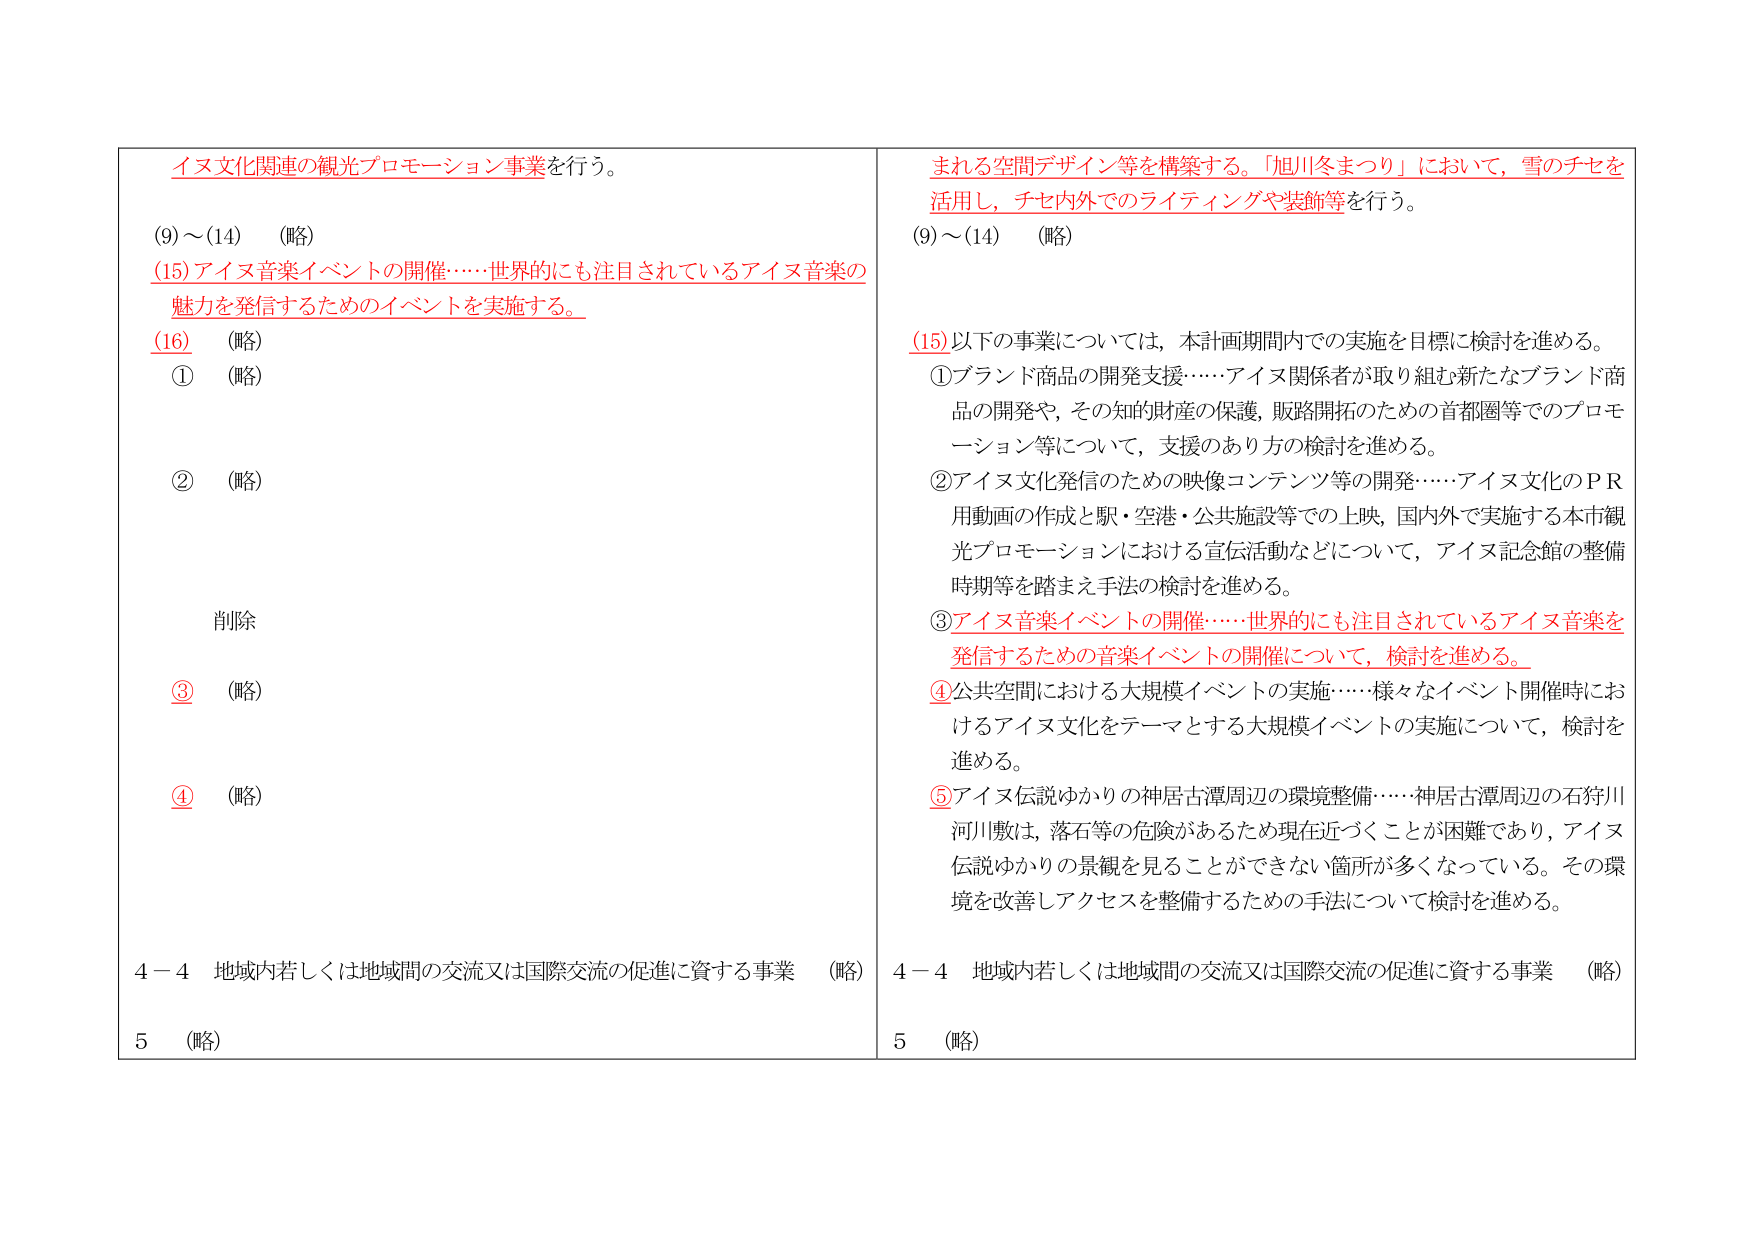
イヌ文化関連の観光プロモーション事業を行う。

(9)～(14)　(略)

(15)アイヌ音楽イベントの開催……世界的にも注目されているアイヌ音楽の魅力を発信するためのイベントを実施する。

(16)　(略)
①　(略)

②　(略)

削除

③　(略)

④　(略)

4－4　地域内若しくは地域間の交流又は国際交流の促進に資する事業　(略)

5　(略)

まられる空間デザイン等を構築する。「旭川冬まつり」において，雪のチセを活用し，チセ内外でのライティングや装飾等を行う。

(9)～(14)　(略)

(15)以下の事業については，本計画期間内での実施を目標に検討を進める。
①ブランド商品の開発支援……アイヌ関係者が取り組む新たなブランド商品の開発や，その知的財産の保護，販路開拓のための首都圏等でのプロモーション等について，支援のあり方の検討を進める。
②アイヌ文化発信のための映像コンテンツ等の開発……アイヌ文化のＰＲ用動画の作成と駅・空港・公共施設等での上映，国内外で実施する本市観光プロモーションにおける宣伝活動などについて，アイヌ記念館の整備時期等を踏まえ手法の検討を進める。
③アイヌ音楽イベントの開催……世界的にも注目されているアイヌ音楽を発信するための音楽イベントの開催について，検討を進める。
④公共空間における大規模イベントの実施……様々なイベント開催時におけるアイヌ文化をテーマとする大規模イベントの実施について，検討を進める。
⑤アイヌ伝説ゆかりの神居古潭周辺の環境整備……神居古潭周辺の石狩川河川敷は，落石等の危険があるため現在近づくことが困難であり，アイヌ伝説ゆかりの景観を見ることができない箇所が多くなっている。その環境を改善しアクセスを整備するための手法について検討を進める。

4－4　地域内若しくは地域間の交流又は国際交流の促進に資する事業　(略)

5　(略)